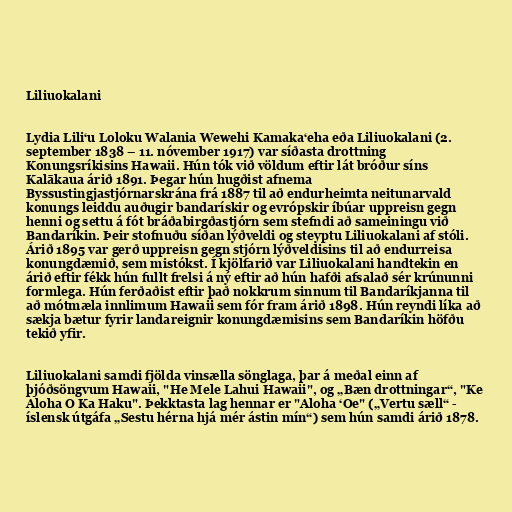
Liliuokalani

Lydia Liliʻu Loloku Walania Wewehi Kamakaʻeha eða Liliuokalani (2.
september 1838 – 11. nóvember 1917) var síðasta drottning
Konungsríkisins Hawaii. Hún tók við völdum eftir lát bróður síns
Kalākaua árið 1891. Þegar hún hugðist afnema
Byssustingjastjórnarskrána frá 1887 til að endurheimta neitunarvald
konungs leiddu auðugir bandarískir og evrópskir íbúar uppreisn gegn
henni og settu á fót bráðabirgðastjórn sem stefndi að sameiningu við
Bandaríkin. Þeir stofnuðu síðan lýðveldi og steyptu Liliuokalani af stóli.
Árið 1895 var gerð uppreisn gegn stjórn lýðveldisins til að endurreisa
konungdæmið, sem mistókst. Í kjölfarið var Liliuokalani handtekin en
árið eftir fékk hún fullt frelsi á ný eftir að hún hafði afsalað sér krúnunni
formlega. Hún ferðaðist eftir það nokkrum sinnum til Bandaríkjanna til
að mótmæla innlimum Hawaii sem fór fram árið 1898. Hún reyndi líka að
sækja bætur fyrir landareignir konungdæmisins sem Bandaríkin höfðu
tekið yfir.

Liliuokalani samdi fjölda vinsælla sönglaga, þar á meðal einn af
þjóðsöngvum Hawaii, "He Mele Lahui Hawaii", og „Bæn drottningar“, "Ke
Aloha O Ka Haku". Þekktasta lag hennar er "Aloha ʻOe" („Vertu sæll“ -
íslensk útgáfa „Sestu hérna hjá mér ástin mín“) sem hún samdi árið 1878.